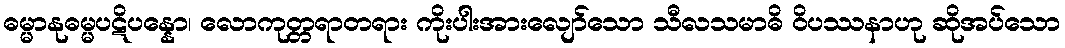
ဓမ္မာနုဓမ္မပဋိပန္နော၊ လောကုတ္တရာတရား ကိုးပါးအားလျော်သော သီလသမာဓိ ဝိပဿနာဟု ဆိုအပ်သော